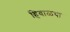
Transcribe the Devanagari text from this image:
हिवाळया